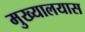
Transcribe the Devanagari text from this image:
मुख्यालयास